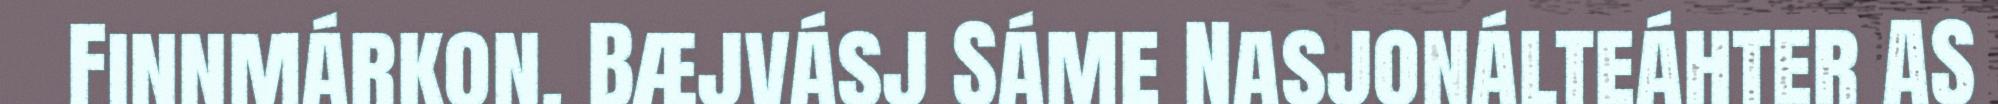
Finnmárkon. Bæjvásj Sáme Nasjonálteáhter AS